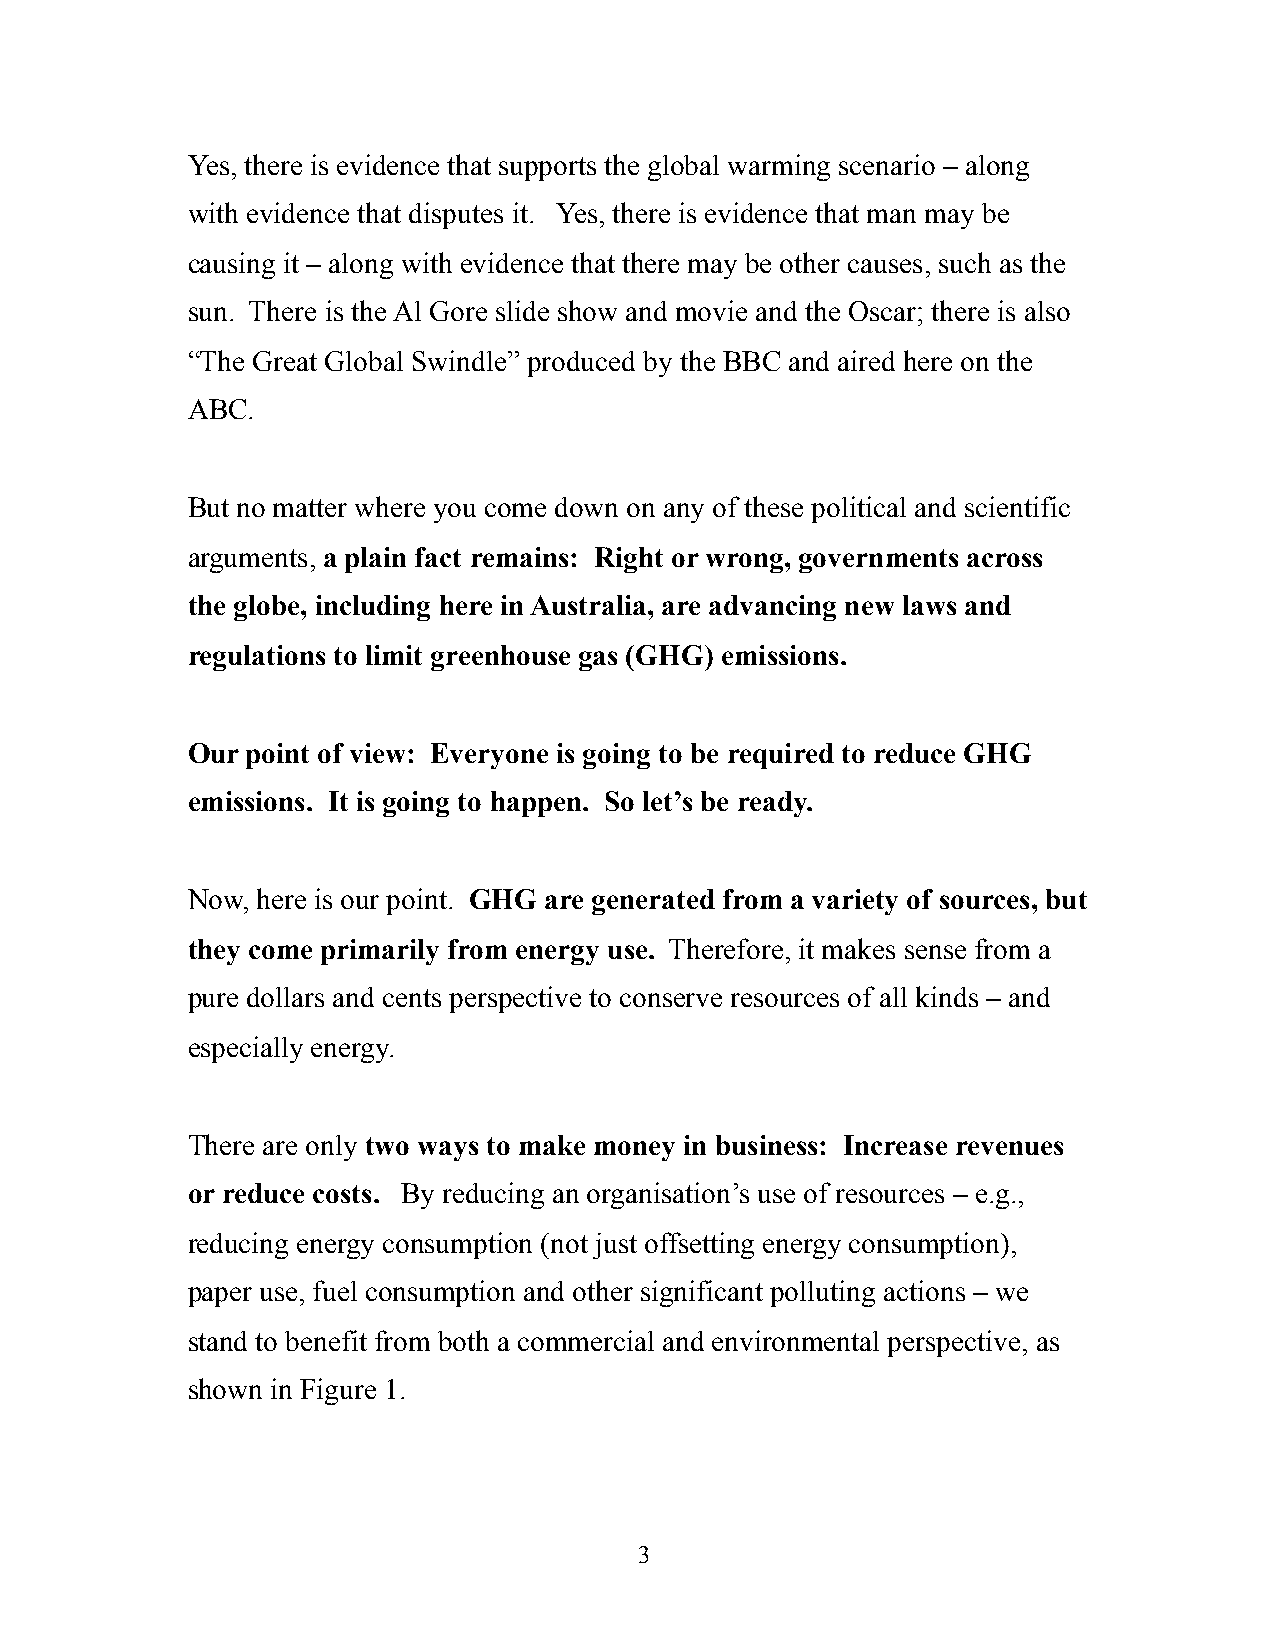
Yes, there is evidence that supports the global warming scenario – along
 with evidence that disputes it. Yes, there is evidence that man may be
 causing it – along with evidence that there may be other causes, such as the
 sun. There is the Al Gore slide show and movie and the Oscar; there is also
 “The Great Global Swindle” produced by the BBC and aired here on the
 ABC.
 But no matter where you come down on any of these political and scientific
 arguments, a plain fact remains: Right or wrong, governments across
 the globe, including here in Australia, are advancing new laws and
 regulations to limit greenhouse gas (GHG) emissions.
 Our point of view: Everyone is going to be required to reduce GHG
 emissions. It is going to happen. So let’s be ready.
 Now, here is our point. GHG are generated from a variety of sources, but
 they come primarily from energy use. Therefore, it makes sense from a
 pure dollars and cents perspective to conserve resources of all kinds – and
 especially energy.
 There are only two ways to make money in business: Increase revenues
 or reduce costs. By reducing an organisation’s use of resources – e.g.,
 reducing energy consumption (not just offsetting energy consumption),
 paper use, fuel consumption and other significant polluting actions – we
 stand to benefit from both a commercial and environmental perspective, as
 shown in Figure 1.
 3